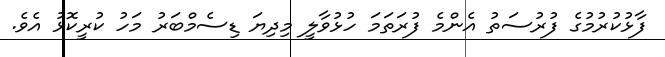
ފާޅުކުރުމުގެ ފުރުސަތު އެންމެ ފުރަތަމަ ހުޅުވާލީ މިދިޔަ ޑިސެމްބަރު މަހު ކުރީކޮޅު އެވެ.